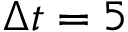
\Delta t = 5